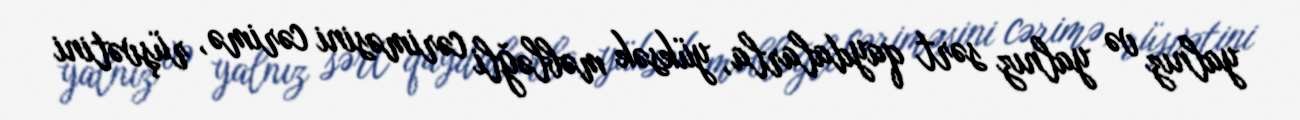
yalnız və yalnız sərt qaydalarla, yüksək məbləğli cəriməsini cərimə, rüşvətini